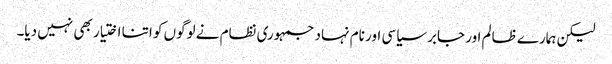
لیکن ہمارے ظالم اور جابر سیاسی اور نام نہاد جمہوری نظام نے لوگوں کو اتنا اختیار بھی نہیں دیا۔